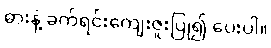
ဓားနဲ့ ခက်ရင်းကျေးဇူးပြု၍ ပေးပါ။